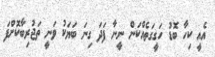
އެއީ ކިހާ ބޮޑު ހަގީގަތެއްކަން ނީނާ ފަދަ ގިނަ ބަޔަކު ވަނީ ތަޖުރިބާކޮށްފަ